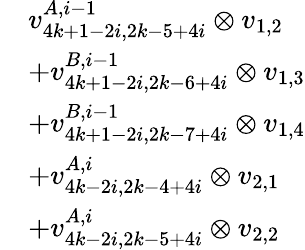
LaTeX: \begin{array}{rl}&{v_{4k+1-2i,2k-5+4i}^{A,i-1}\otimes v_{1,2}}\\ &{+v_{4k+1-2i,2k-6+4i}^{B,i-1}\otimes v_{1,3}}\\ &{+v_{4k+1-2i,2k-7+4i}^{B,i-1}\otimes v_{1,4}}\\ &{+v_{4k-2i,2k-4+4i}^{A,i}\otimes v_{2,1}}\\ &{+v_{4k-2i,2k-5+4i}^{A,i}\otimes v_{2,2}}\end{array}